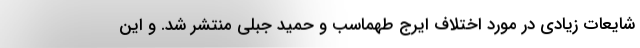
شایعات زیادی در مورد اختلاف ایرج طهماسب و حمید جبلی منتشر شد. و این